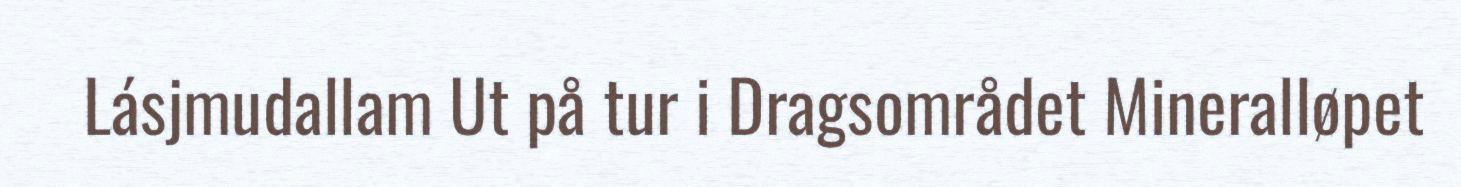
Lásjmudallam Ut på tur i Dragsområdet Mineralløpet